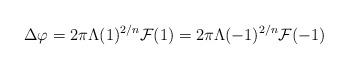
LaTeX: \begin{align*}\Delta\varphi=2\pi \Lambda(1)^{2/n}{\cal F}(1)=2\pi \Lambda(-1)^{2/n}{\cal F}(-1)\end{align*}